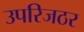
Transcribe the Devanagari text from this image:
उपरिजठर